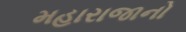
મહારાજાનો